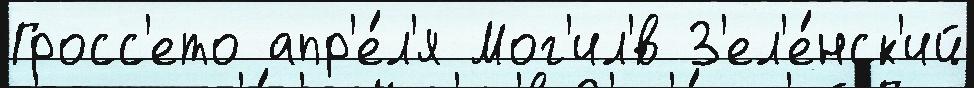
Гросс'ето апр'е́л'я Мог'ил'́в З'ел'е́нск'ий